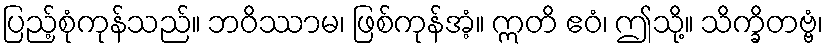
ပြည့်စုံကုန်သည်။ ဘဝိဿာမ၊ ဖြစ်ကုန်အံ့။ ဣတိ ဧဝံ၊ ဤသို့။ သိက္ခိတဗ္ဗံ၊